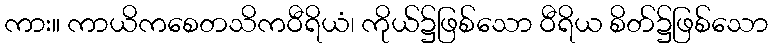
ကား။ ကာယိကစေတသိကဝီရိယံ၊ ကိုယ်၌ဖြစ်သော ဝီရိယ စိတ်၌ဖြစ်သော